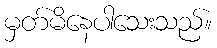
မှတ်မိနေပါသေးသည်။